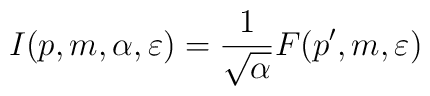
I(p,m,\alpha ,\varepsilon )=\frac{1}{\sqrt{\alpha }}F(p',m,\varepsilon )